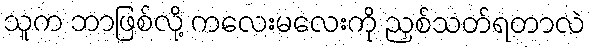
သူက ဘာဖြစ်လို့ ကလေးမလေးကို ညှစ်သတ်ရတာလဲ